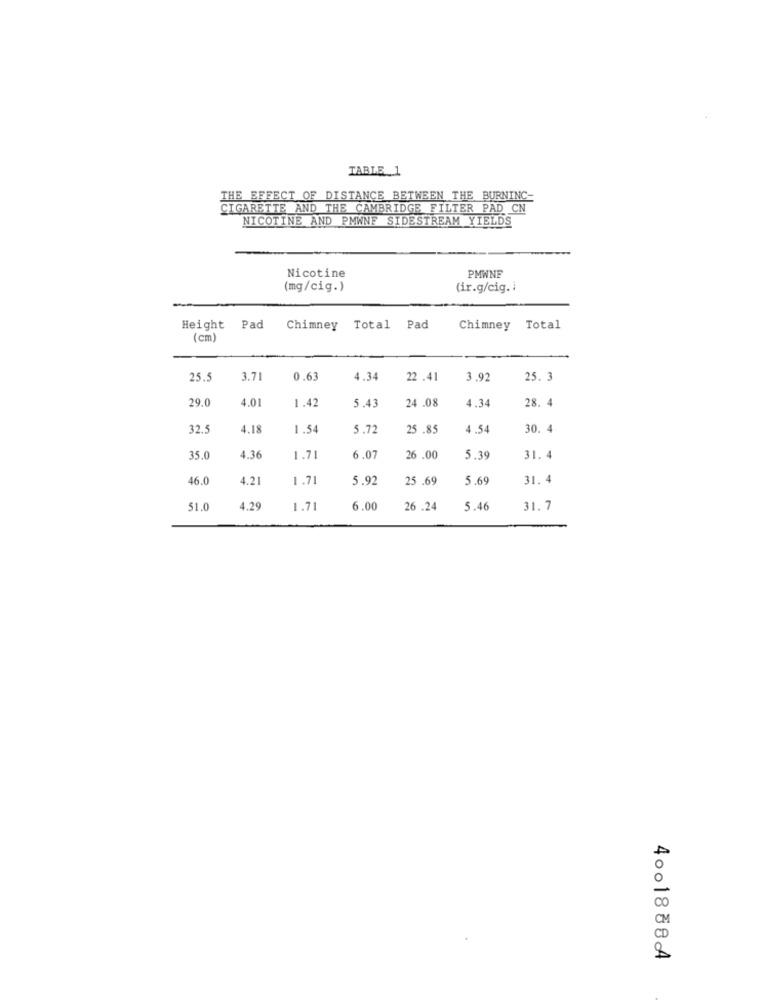
TABLE 1
THE EFFECT OF DISTANCE BETWEEN THE BURNINC:
CIGARETTE AND THE CAMBRIDGE FILTER PAD CN
NICOTINE AND PMWNF SIDESTREAM YIELDS
PMWNE
Nicotine
(mg/cig.)
(ir.g/cig. i
Height
Pad
Chimney Total
Pad
Chimney
Total
(cm)
25.5
3.71
0.63
4.34
22.41
3.92
25. 3
29.0
4.01
1.42
5.43
24 .08
4.34
28. 4
32.5
4.18
1.54
5.72
25 .85
4.54
30. 4
35.0
4.36
1.71
6.07
26 .00
5.39
31. 4
46.0
4.21
1.71
5.92
25 .69
5.69
31. 4
51.0
4.29
1.71
6.00
26.24
5.46
31. 7
4001888A